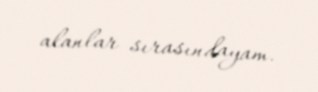
alanlar sırasındayam.